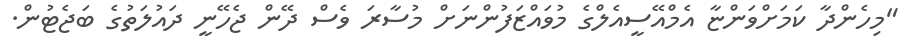
"މިހެންދާ ކަމަށްވަންޏާ އެމްއޭސީއެލްގެ މުވައްޒަފުންނަށް މުސާރަ ވެސް ދޭން ޖެހޭނީ ދައުލަތުގެ ބަޖެޓުން.